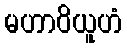
မဟာဝိယူဟံ